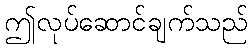
ဤလုပ်ဆောင်ချက်သည်